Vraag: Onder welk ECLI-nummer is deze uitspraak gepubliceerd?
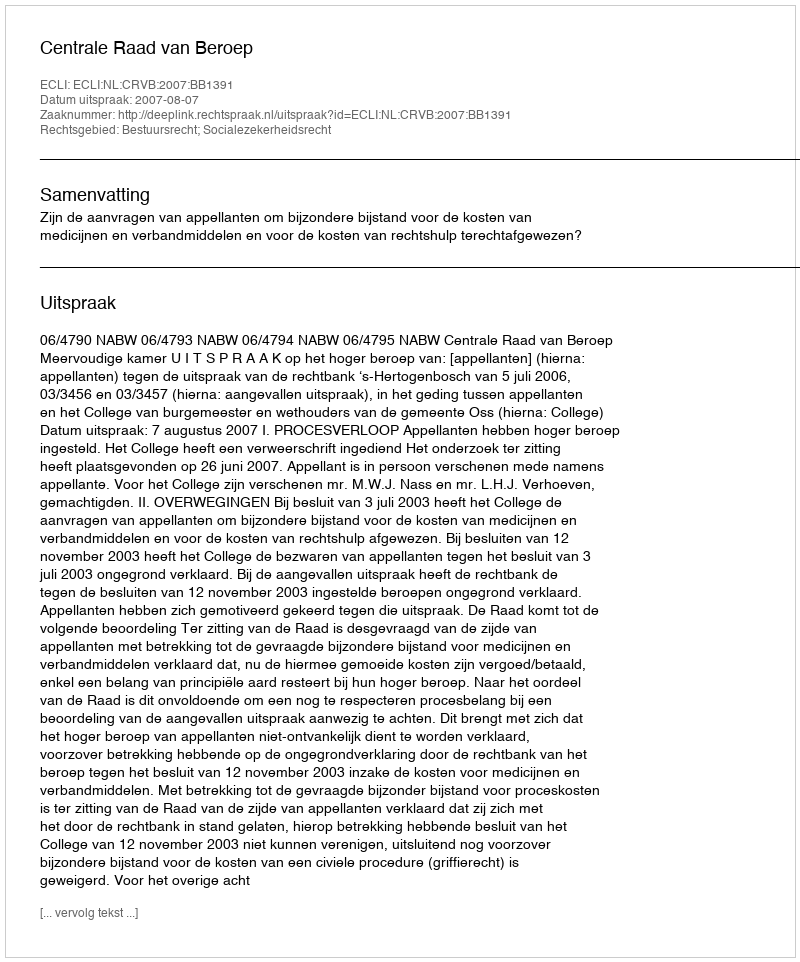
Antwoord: ECLI:NL:CRVB:2007:BB1391